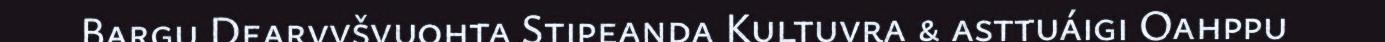
Bargu Dearvvšvuohta Stipeanda Kultuvra & asttuáigi Oahppu